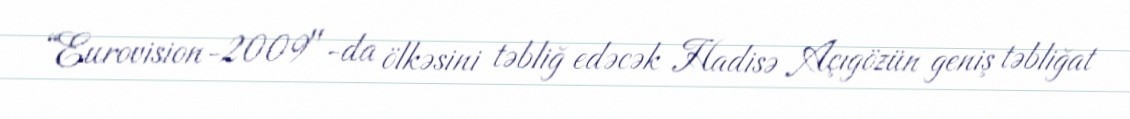
“Eurovision-2009"-da ölkəsini təbliğ edəcək Hadisə Açıgözün geniş təbliğat